Madras plague regulations in force outside the Presidency town - Volume 3
Disease focus: Plague
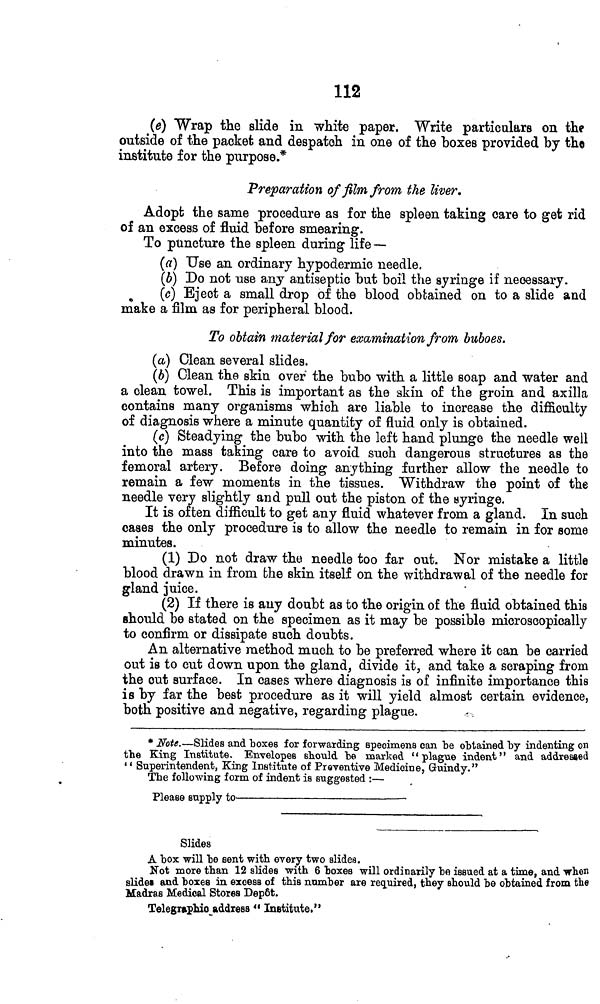
112
(e) Wrap the slide in white paper. Write particulars on the
outside of the packet and despatch in one of the boxes provided by the
institute for the purpose.*
Preparation of film from the liver.
Adopt the same procedure as for the spleen taking care to get rid
of an excess of fluid before smearing.
To puncture the spleen during life —
(a) Use an ordinary hypodermic needle.
(b) Do not use any antiseptic but boil the syringe if necessary.
(c) Eject a small drop of the blood obtained on to a slide and
make a film as for peripheral blood.
To obtain material for examination from buboes.
(a) Clean several slides.
(6) Clean the skin over the bubo with a little soap and water and
a clean towel. This is important as the skin of the groin and axilla
contains many organisms which are liable to increase the difficulty
of diagnosis where a minute quantity of fluid only is obtained.
(c) Steadying the bubo with the left hand plunge the needle well
into the mass taking care to avoid such dangerous structures as the
femoral artery. Before doing anything further allow the needle to
remain a few moments in the tissues. Withdraw the point of the
needle very slightly and pull out the piston of the syringe.
It is often difficult to get any fluid whatever from a gland. In such
cases the only procedure is to allow the needle to remain in for some
minutes.
(1) Do not draw the needle too far out. Nor mistake a little
blood drawn in from the skin itself on the withdrawal of the needle for
gland juice.
(2) If there is any doubt as to the origin of the fluid obtained this
should be stated on the specimen as it may be possible microscopically
to confirm or dissipate such doubts.
An alternative method much to be preferred where it can be carried
out is to cut down upon the gland, divide it, and take a scraping from
the cut surface. In cases where diagnosis is of infinite importance this
is by far the best procedure as it will yield almost certain evidence,
both positive and negative, regarding plague.
. -
* Note.—Slides and boxes for forwarding spécimens can be obtained by indenting on
the King Institute. Envelopes should be marked "plague indent" and addressed
" Superintendent, King Institute of Preventive Medicine, Guindy."
The following form of indent is suggested :—
Pleaee supply to
Slides
A box will be sent with every two slides.
Not more than 12 slides with 6 boxes will ordinarily be issued at a time, and when
slides and boxes in excess of this number are required, they should be obtained from the
Madras Medical Stores Depot.
Telegraphio address " Institute,"